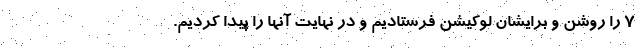
۷ را روشن و برایشان لوکیشن فرستادیم و در نهایت آنها را پیدا کردیم.